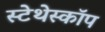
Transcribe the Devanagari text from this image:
स्‍टेथेस्‍कॉप